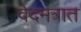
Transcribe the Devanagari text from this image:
वेदमंत्रात